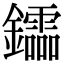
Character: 𨯻